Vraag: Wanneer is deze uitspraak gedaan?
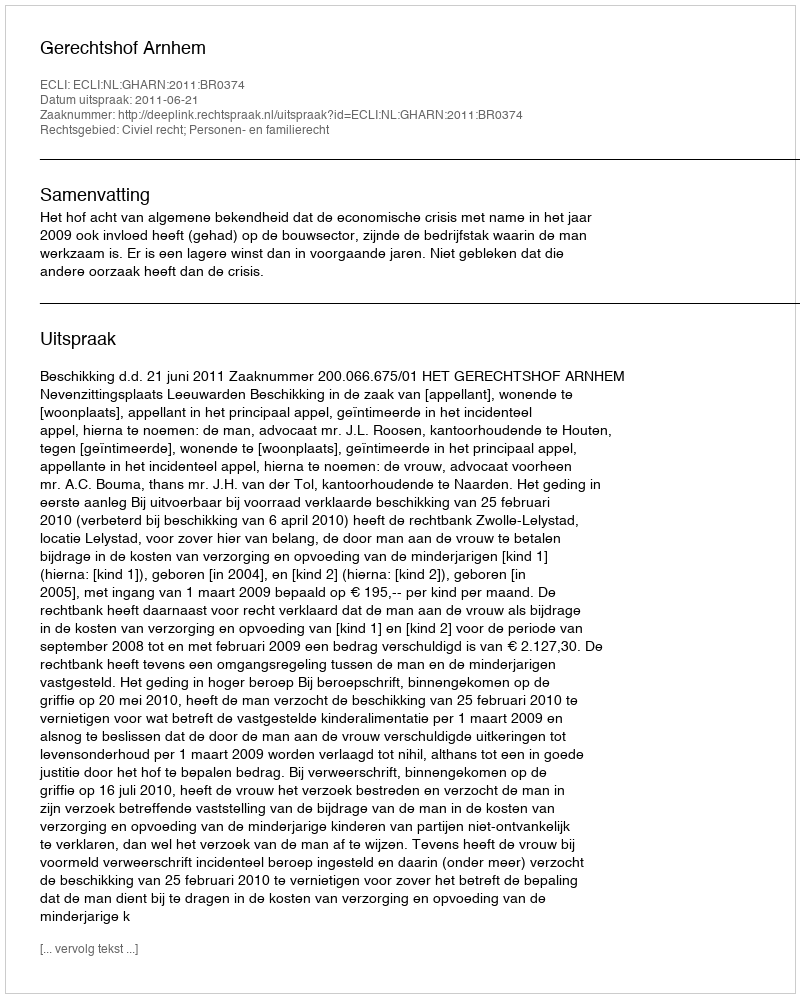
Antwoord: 2011-06-21